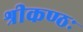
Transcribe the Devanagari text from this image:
श्रीकण्ठः